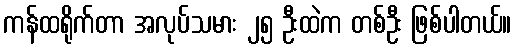
ကန်ထရိုက်တာ အလုပ်သမား ၂၅ ဦးထဲက တစ်ဦး ဖြစ်ပါတယ်။